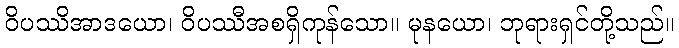
ဝိပဿိအာဒယော၊ ဝိပဿီအစရှိကုန်သော။ မုနယော၊ ဘုရားရှင်တို့သည်။